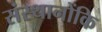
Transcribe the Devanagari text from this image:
संस्थानोंकि